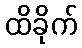
ထိခိုက်